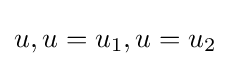
u,u=u_{1},u=u_{2}